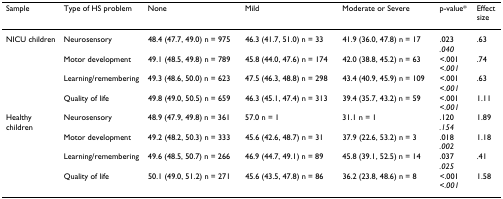
<table><thead><tr><td><b>Sample</b></td><td><b>Type of HS problem</b></td><td><b>None</b></td><td><b>Mild</b></td><td><b>Moderate or Severe</b></td><td><b>p-value*</b></td><td><b>Effect size</b></td></tr></thead><tbody><tr><td>NICU children</td><td>Neurosensory</td><td>48.4 (47.7, 49.0) n = 975</td><td>46.3 (41.7, 51.0) n = 33</td><td>41.9 (36.0, 47.8) n = 17</td><td>.023<i>.040</i></td><td>.63</td></tr><tr><td></td><td>Motor development</td><td>49.1 (48.5, 49.8) n = 789</td><td>45.8 (44.0, 47.6) n = 174</td><td>42.0 (38.8, 45.2) n = 63</td><td>&lt;.001<i>&lt;.001</i></td><td>.74</td></tr><tr><td></td><td>Learning/remembering</td><td>49.3 (48.6, 50.0) n = 623</td><td>47.5 (46.3, 48.8) n = 298</td><td>43.4 (40.9, 45.9) n = 109</td><td>&lt;.001<i>&lt;.001</i></td><td>.63</td></tr><tr><td></td><td>Quality of life</td><td>49.8 (49.0, 50.5) n = 659</td><td>46.3 (45.1, 47.4) n = 313</td><td>39.4 (35.7, 43.2) n = 59</td><td>&lt;.001<i>&lt;.001</i></td><td>1.11</td></tr><tr><td>Healthy children</td><td>Neurosensory</td><td>48.9 (47.9, 49.8) n = 361</td><td>57.0 n = 1</td><td>31.1 n = 1</td><td>.120<i>.154</i></td><td>1.89</td></tr><tr><td></td><td>Motor development</td><td>49.2 (48.2, 50.3) n = 333</td><td>45.6 (42.6, 48.7) n = 31</td><td>37.9 (22.6, 53.2) n = 3</td><td>.018<i>.002</i></td><td>1.18</td></tr><tr><td></td><td>Learning/remembering</td><td>49.6 (48.5, 50.7) n = 266</td><td>46.9 (44.7, 49.1) n = 89</td><td>45.8 (39.1, 52.5) n = 14</td><td>.037<i>.025</i></td><td>.41</td></tr><tr><td></td><td>Quality of life</td><td>50.1 (49.0, 51.2) n = 271</td><td>45.6 (43.5, 47.8) n = 86</td><td>36.2 (23.8, 48.6) n = 8</td><td>&lt;.001<i>&lt;.001</i></td><td>1.58</td></tr></tbody></table>